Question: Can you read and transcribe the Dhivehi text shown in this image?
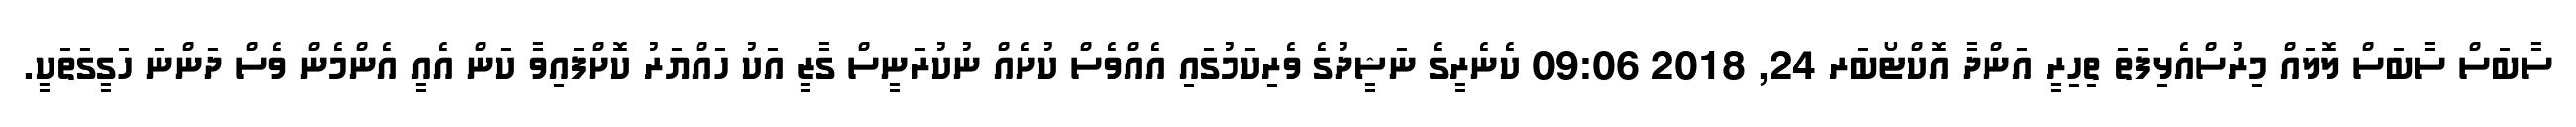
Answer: ސާބަސް ސާބަސް ލޮލައް މިރުސްއެޅިފަތަ ތިހިރީ އަންދާ އޮކްޓޯބަރ 24, 2018 09:06 ކެނެރީގެ ނަޝީދުގެ ވެރިކަމުގައި އެއްވެސް ކުށެއް ނުކުރަނީސް ގާޒީ އަކު ހައްޔަރު ކޮށްފައިވާ ކަން އެއީ އެންމެން ވެސް ދަންނަ ހަގީގަތަކީ.